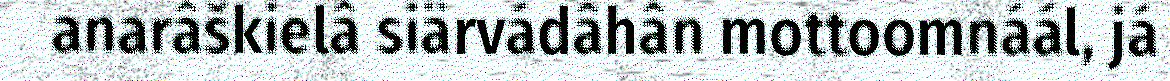
anarâškielâ siärvádâhân mottoomnáál, já